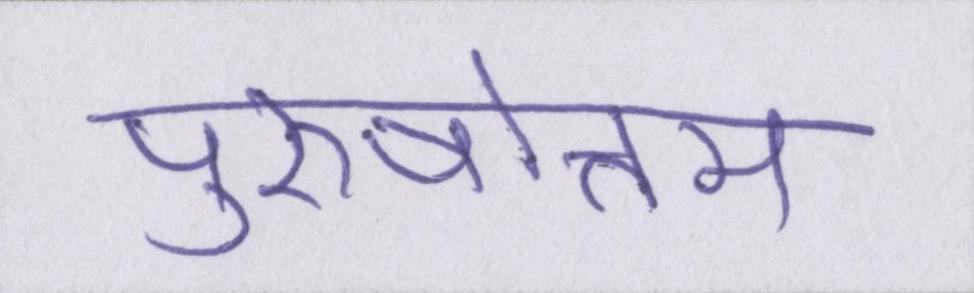
पुरुषोत्तम